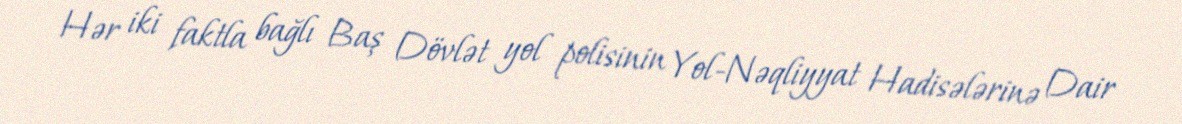
Hər iki faktla bağlı Baş Dövlət yol polisinin Yol-Nəqliyyat Hadisələrinə Dair